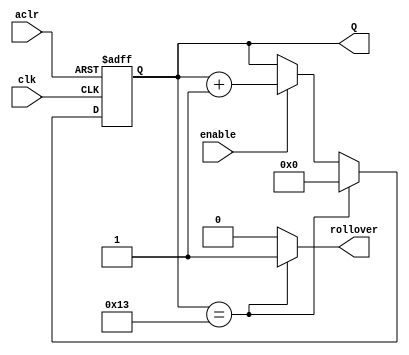
module counter_modulo_k
	#(parameter M=20)
	(input clk,aclr,enable,
	output reg [N-1:0] Q,
	output reg rollover);
	
	localparam N=clogb2(M-1);
	
	function integer clogb2(input [31:0] v);
		for (clogb2 = 0; v > 0; clogb2 = clogb2 + 1)
			v = v >> 1;
	endfunction
	
	always @(posedge clk, negedge aclr) begin
		if (!aclr)
			Q <= {N{1'b0}};
		else if (Q == M-1)
			Q <= {N{1'b0}};
		else if (enable)
			Q <= Q + 1'b1;
		else
			Q <= Q;
	end
	
	always @(*) begin
		if (Q == M-1)
			rollover = 1'b1;
		else 
			rollover = 1'b0;
	end

endmodule
module counter_modulo_20(
	input [2:0] KEY,
	output [9:0] LEDR);
	
	counter_modulo_k #(20) counter(~KEY[0], KEY[1],KEY[2], LEDR[4:0], LEDR[9]);

endmodule